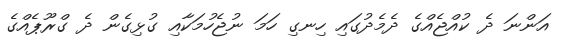
އަންނަ ދެ ކުއްޖެއްގެ ދެމެދުގައި ހިނގި ހަމަ ނުޖެހުމަކާއި ގުޅިގެން ދެ ގްރޫޕެއްގެ